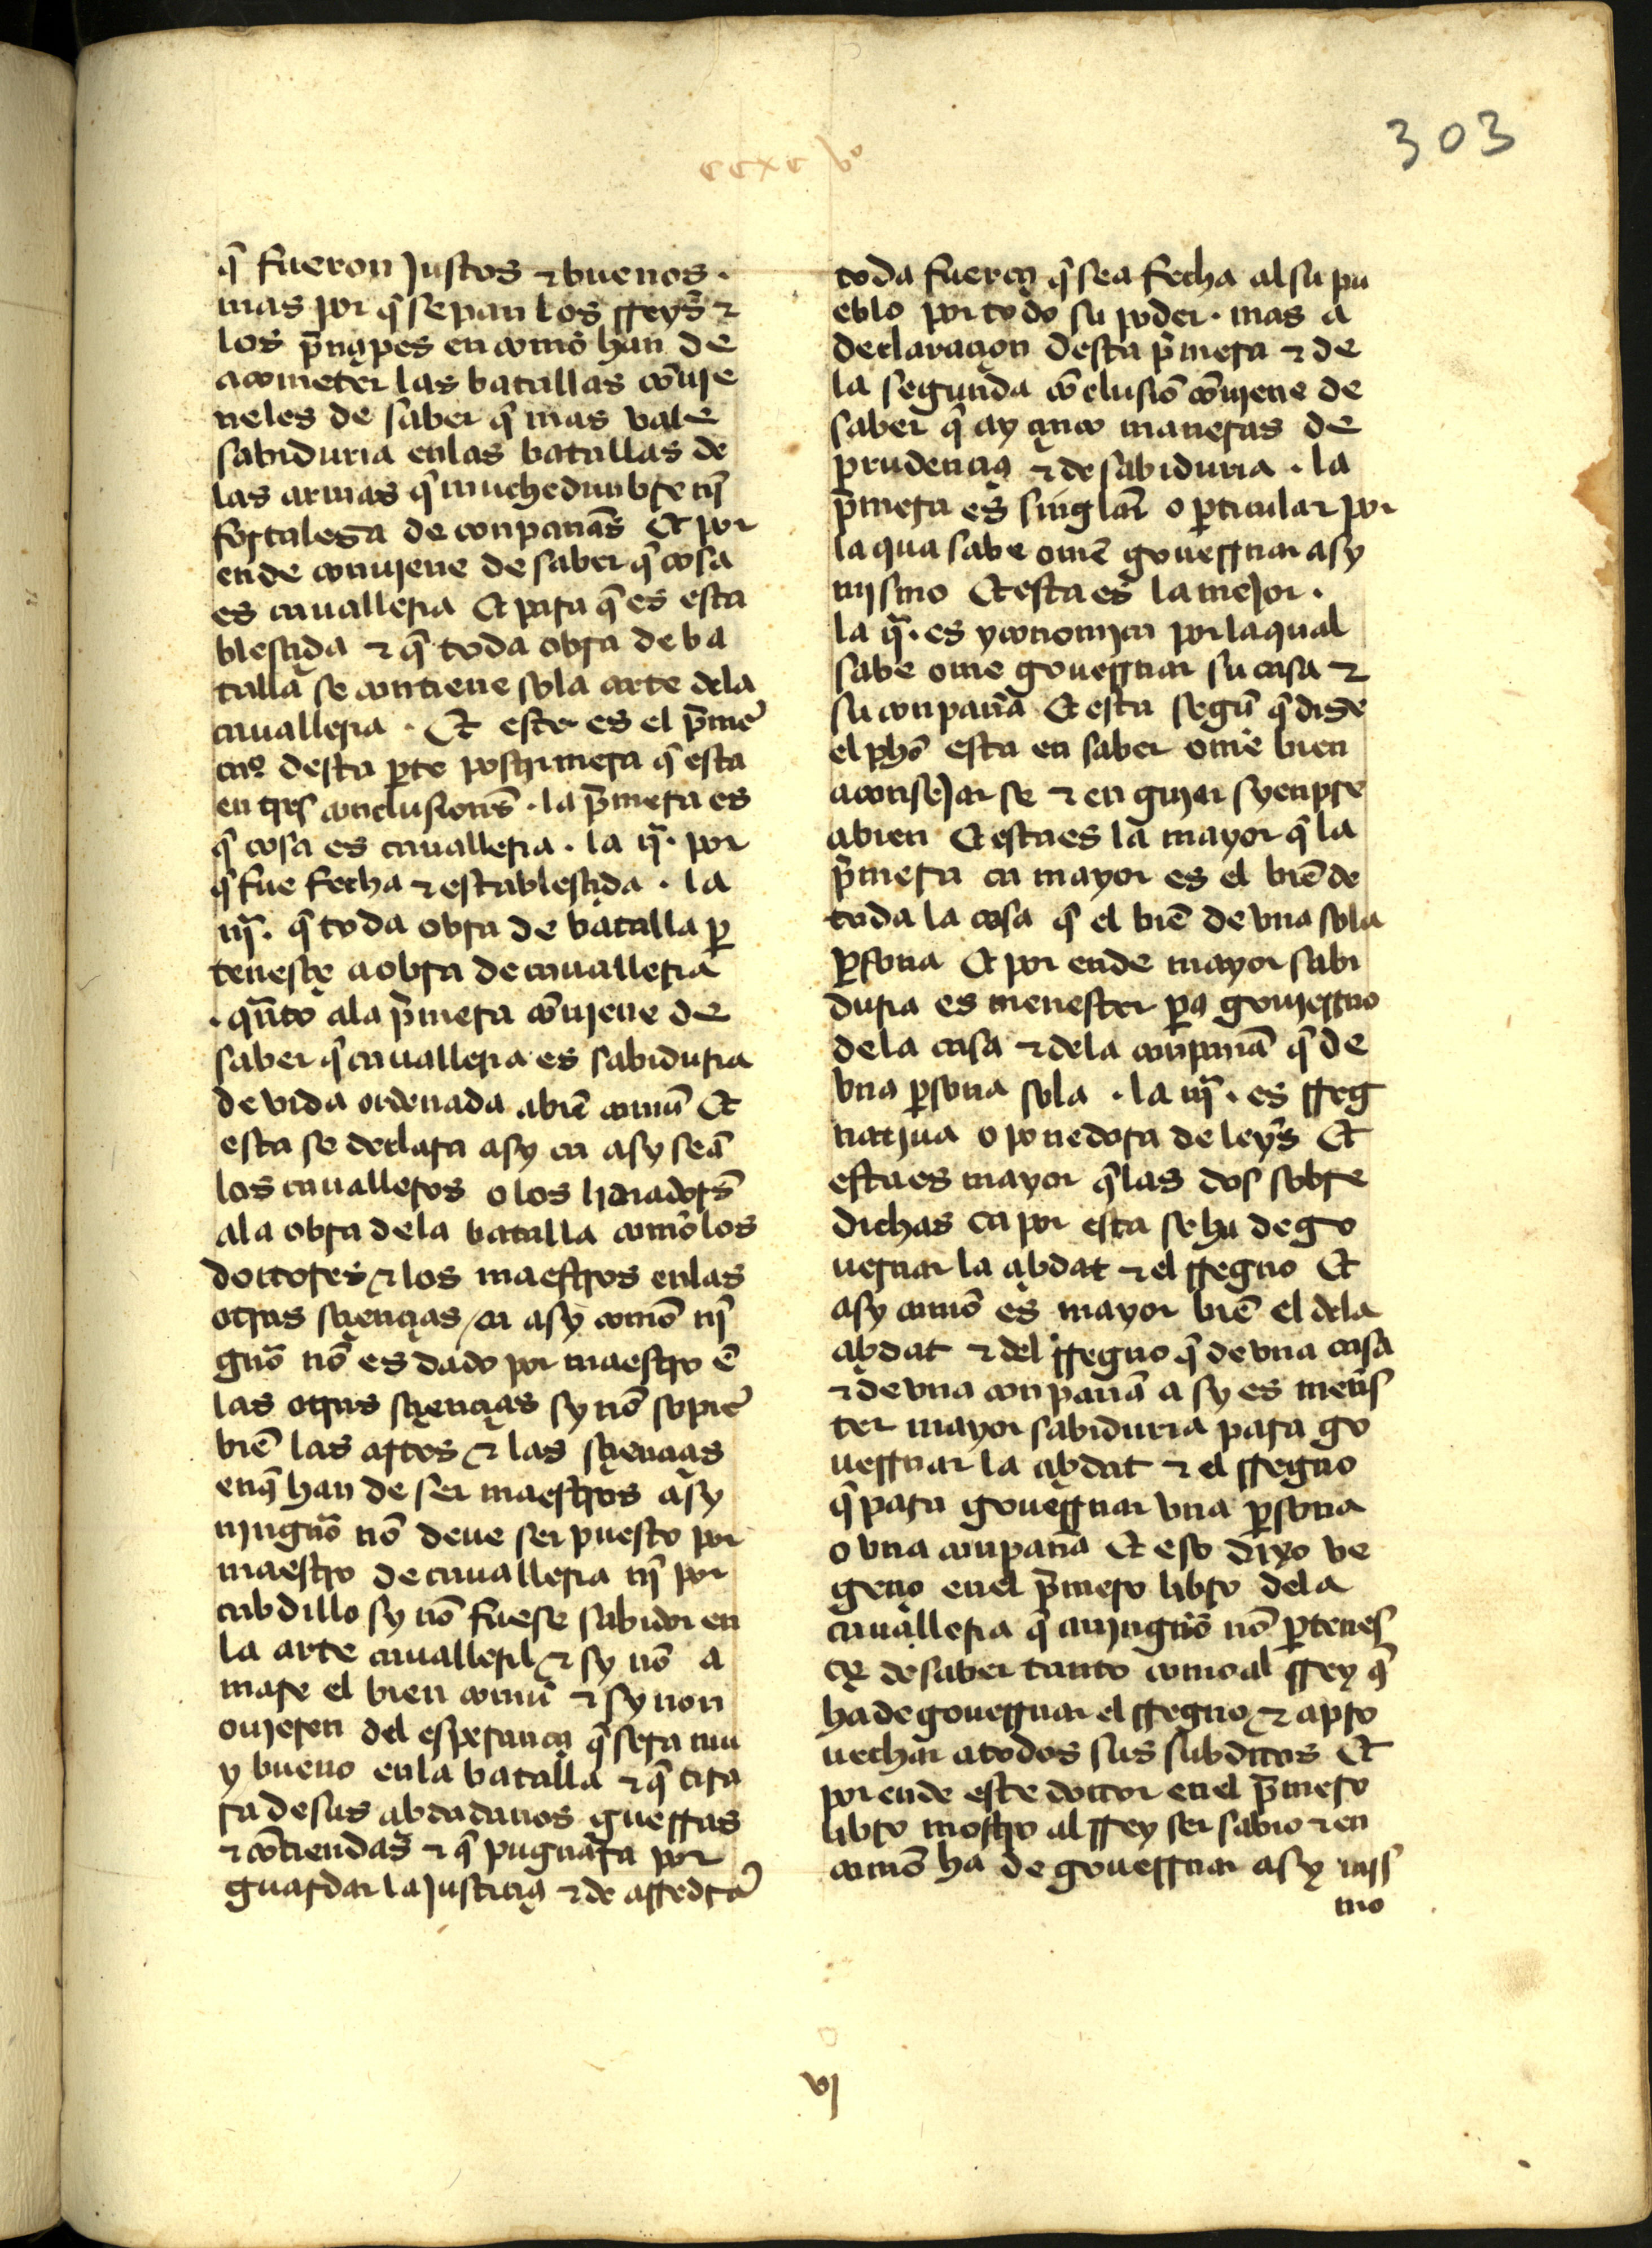
Shelfmark: Madrid, Instituto Valencia de don Juan, 2.6.I.5
Century: 15